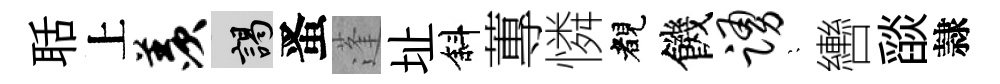
聒上羡謁󱉠蓬址斜蓴憐睹饑踊隠轡𦦨隷